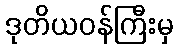
ဒုတိယဝန်ကြီးမှ